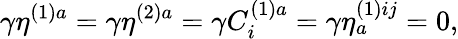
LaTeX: \gamma\eta^{(1)a}=\gamma\eta^{(2)a}=\gamma C_{i}^{(1)a}=\gamma\eta_{a}^{(1)ij}=0,